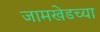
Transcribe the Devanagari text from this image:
जामखेडच्या